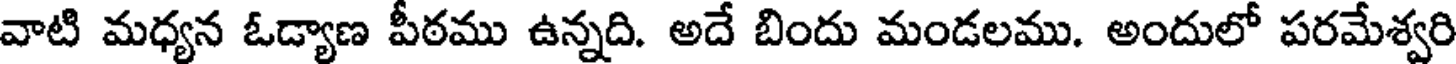
వాటి మధ్యన ఓడ్యాణ పీఠము ఉన్నది. అదే బిందు మండలము. అందులో పరమేశ్వరి